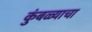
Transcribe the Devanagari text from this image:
कुंबळ्याचा